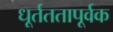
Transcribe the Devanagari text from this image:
धूर्तततापूर्वक